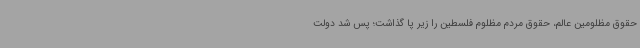
حقوق مظلومین عالم، حقوق مردم مظلوم فلسطین را زیر پا گذاشت؛ پس شد دولت